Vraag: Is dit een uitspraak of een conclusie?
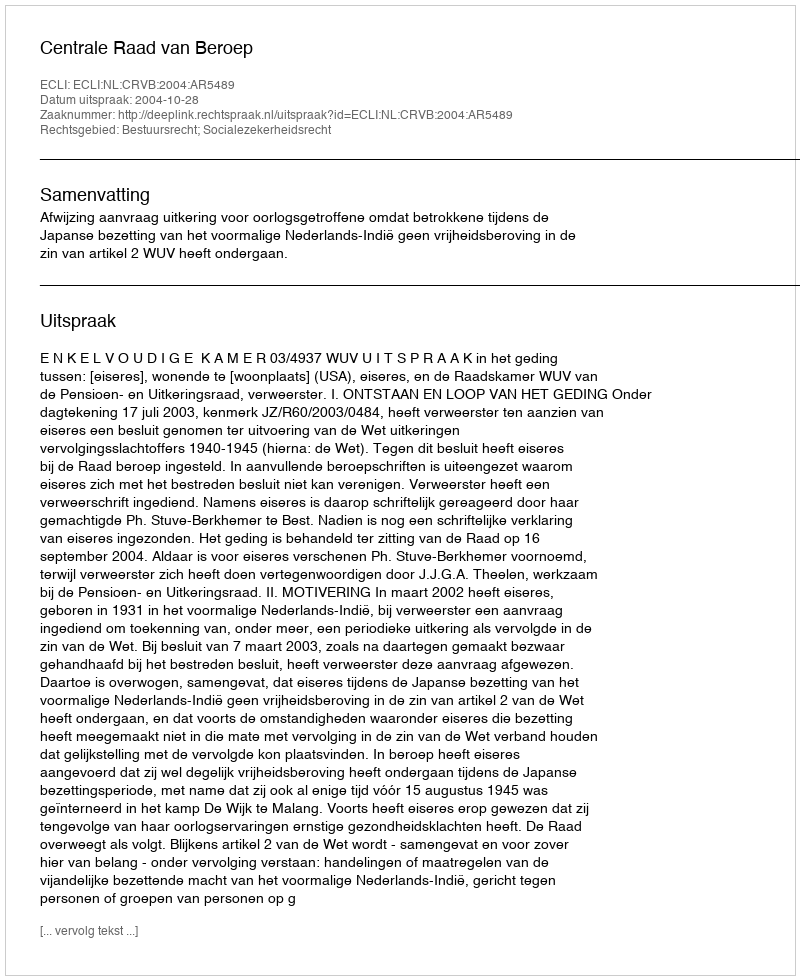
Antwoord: Uitspraak